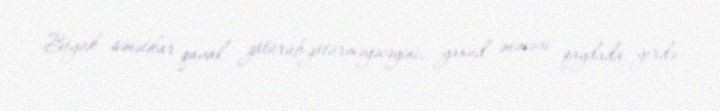
Böyük sənətkar qaval götürüb-götürməyəcəyini, yaxud ənənəvi qaydada yerdə